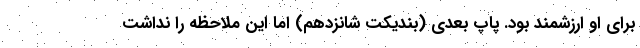
برای او ارزشمند بود. پاپ بعدی (بندیکت شانزدهم) اما این ملاحظه را نداشت